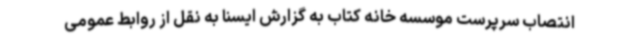
انتصاب سرپرست موسسه خانه کتاب به گزارش ایسنا به نقل از روابط عمومی